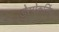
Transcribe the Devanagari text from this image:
डेस्पेकलिंग